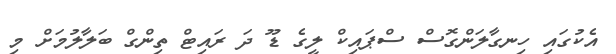
އެކުގައި ހިނގާލަންގޮސް ސްޕައިކް ލީގެ ޑޫ ދަ ރައިޓް ތިންގް ބަލާލުމަށް މި